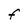
Character: F